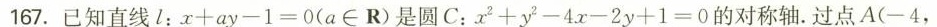
167.已知直线l：$$x + a y - 1 = 0$$(a\in R)是圆C：$$x ^ { 2 } + y ^ { 2 } - 4 x - 2 y + 1 = 0$$的对称轴。过点A(-4，